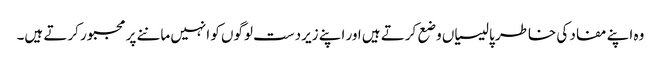
وہ اپنے مفاد کی خاطر پالیسیاں وضع کرتے ہیں اور اپنے زیردست لوگوں کو انہیں ماننے پر مجبور کرتے ہیں۔